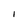
Character: I